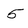
Character: 5